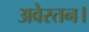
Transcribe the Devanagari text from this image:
अवेस्तन।